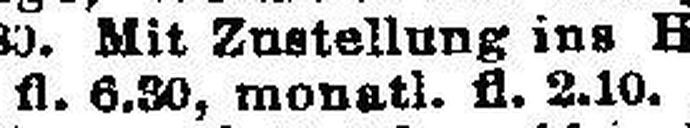
fl. 6.30, monatl. fl. 2.10.